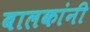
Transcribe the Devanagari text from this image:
बालकांनी